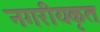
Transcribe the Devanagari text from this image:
नगरीयकृत